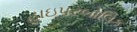
હાઇપરબોલિક